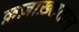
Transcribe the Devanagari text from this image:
क़ज़ाख़्सतान